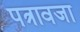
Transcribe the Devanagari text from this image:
पत्रावजा